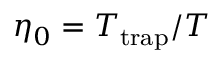
\eta _ { 0 } = T _ { \mathrm { t r a p } } / T